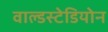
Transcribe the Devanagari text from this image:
वाल्डस्टेडियोन